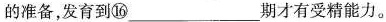
的准备，发育到⑯___期才有受精能力。